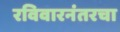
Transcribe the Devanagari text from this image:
रविवारनंतरचा